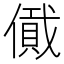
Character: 𠏞